38_143685_box_Incident_Summaries_101-172
Agency: Department of War
Page 139
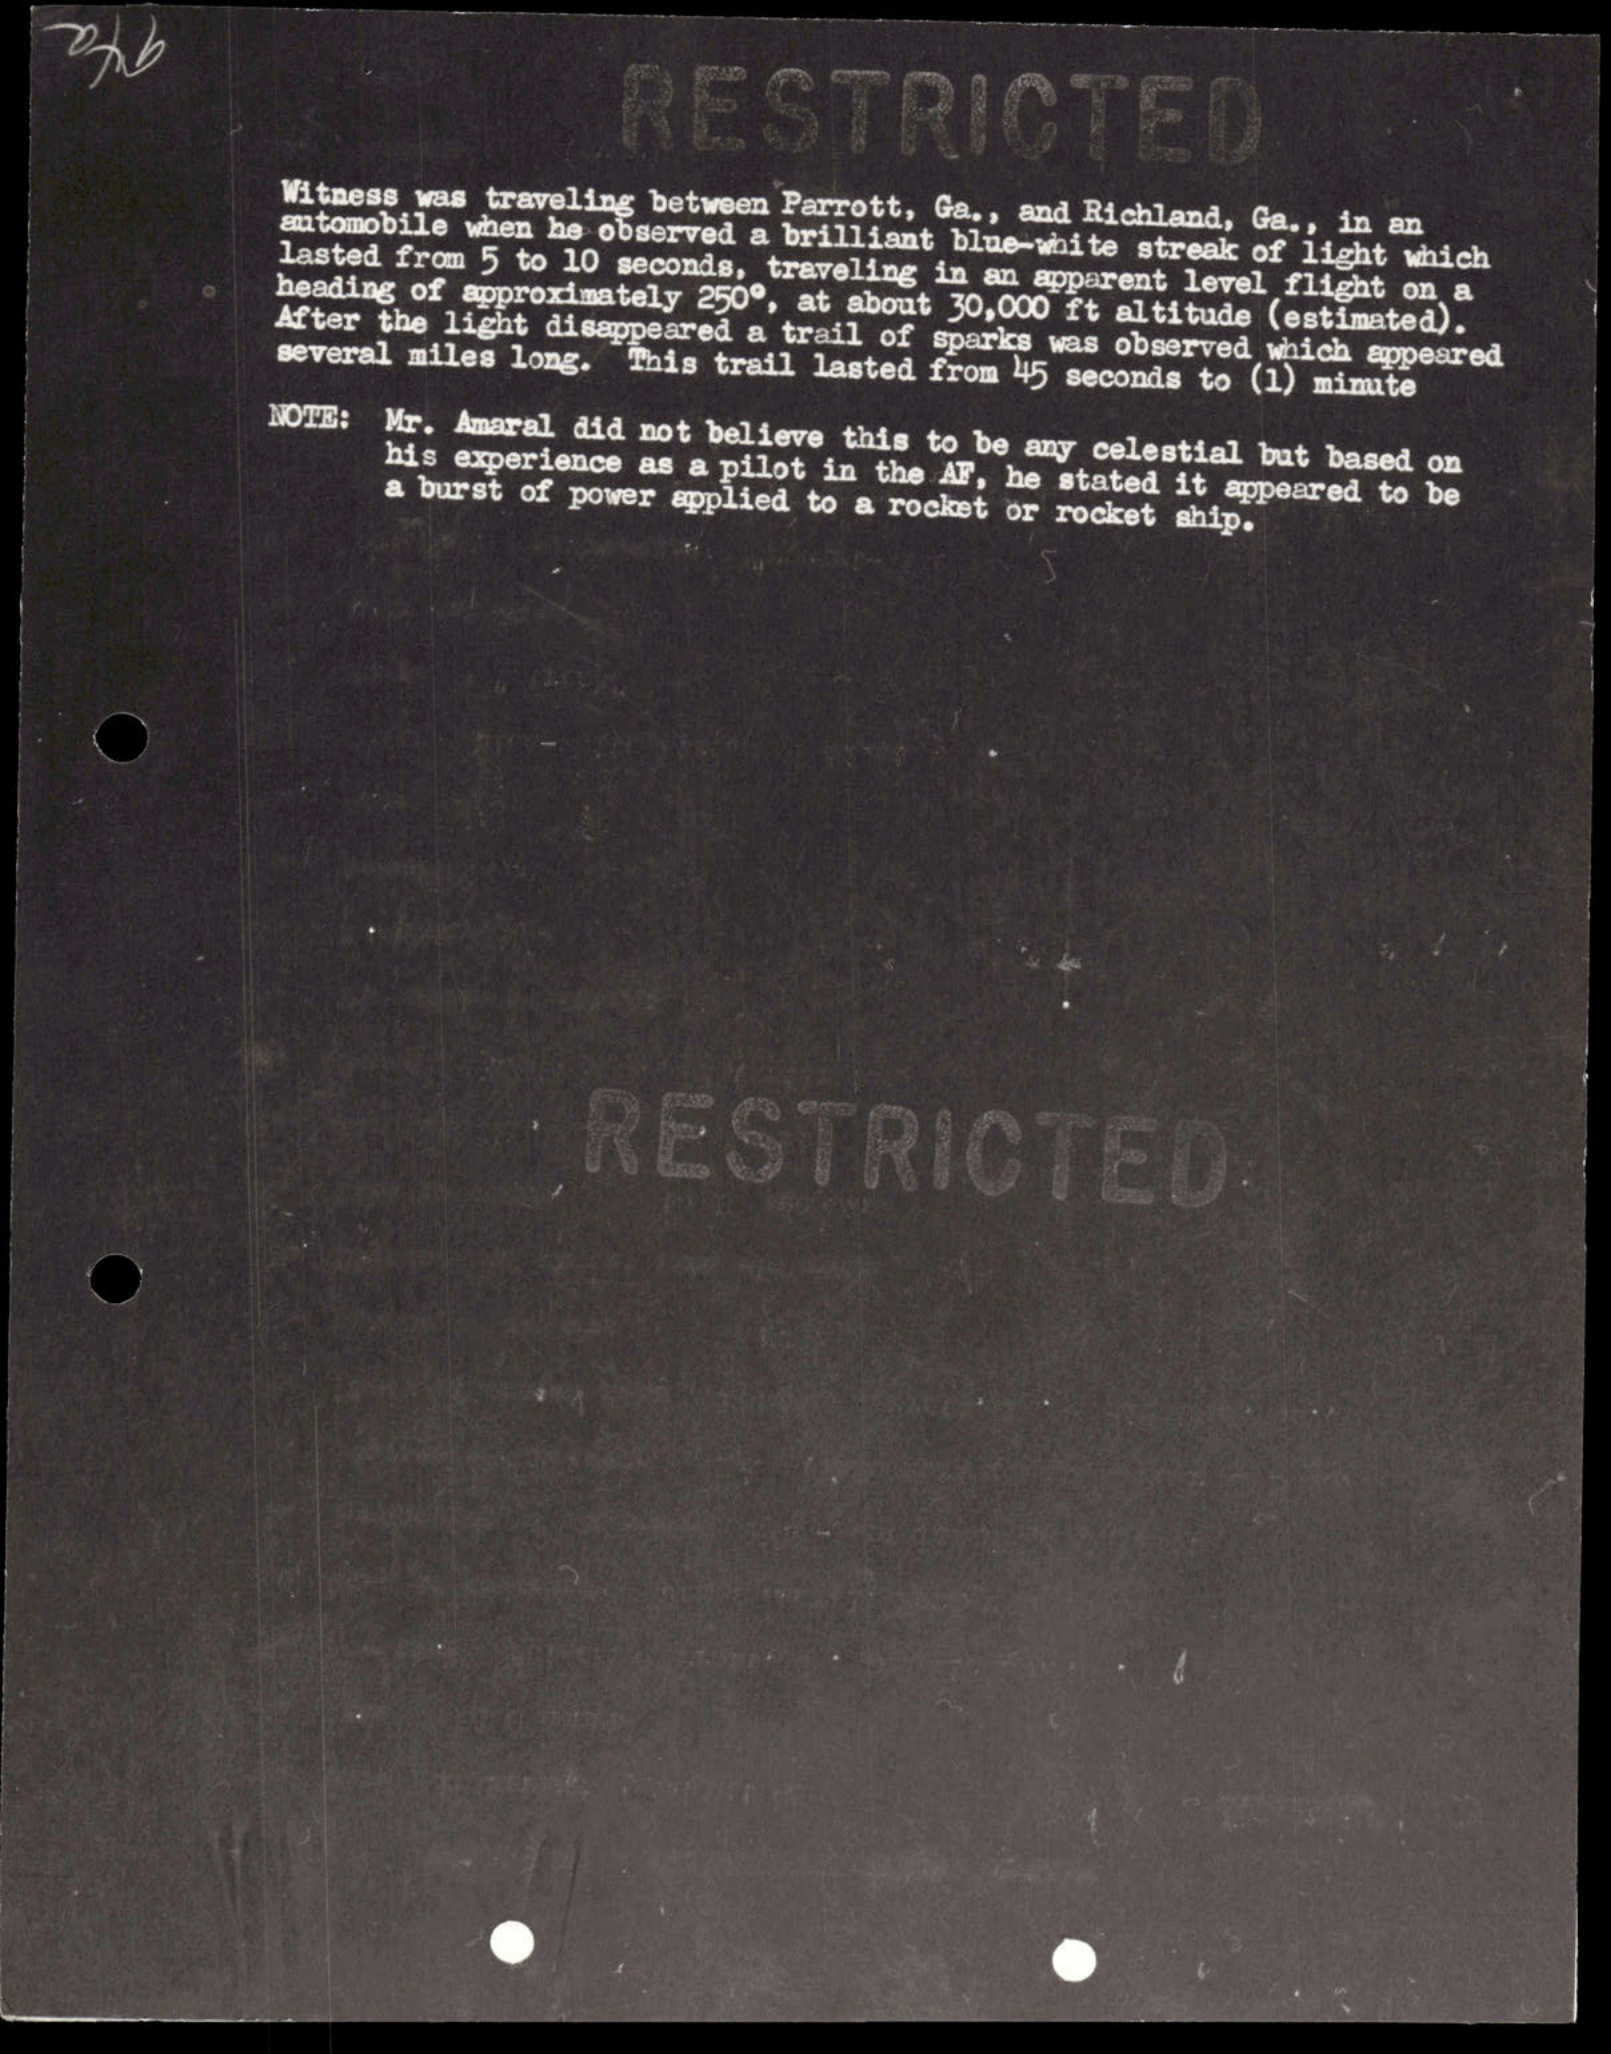